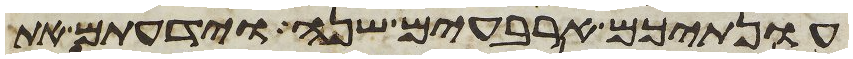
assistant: עונתיכם ארבעים שנה וידעתם את